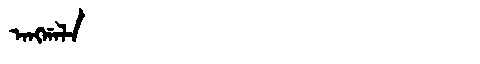
Manchu: ᠠᠩᡤᠠᠯᠠ
Romanization: ANGGALA